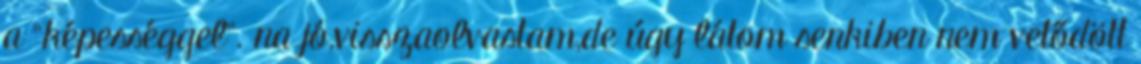
a “képességgel”. na jó,visszaolvastam,de úgy látom senkiben nem vetődött